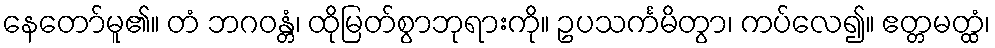
နေတော်မူ၏။ တံ ဘဂဝန္တံ၊ ထိုမြတ်စွာဘုရားကို။ ဥပသင်္ကမိတွာ၊ ကပ်လေ၍။ ဧတ္တမတ္ထံ၊